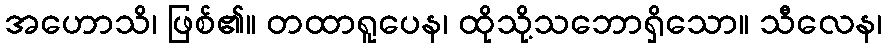
အဟောသိ၊ ဖြစ်၏။ တထာရူပေန၊ ထိုသို့သဘောရှိသော။ သီလေန၊